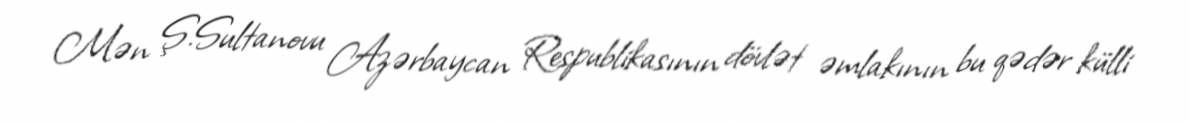
Mən Ş.Sultanovu Azərbaycan Respublikasının dövlət əmlakının bu qədər külli